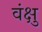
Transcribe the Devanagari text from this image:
वंक्षु